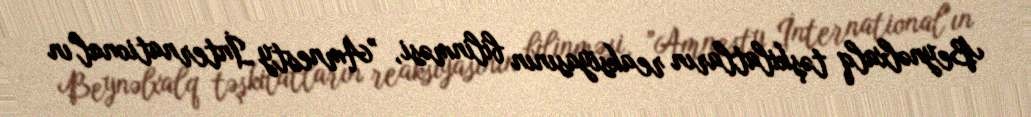
Beynəlxalq təşkilatların reaksiyasının bilinməsi, ”Amnesty İnternational"ın